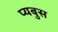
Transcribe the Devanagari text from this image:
प्यबुस